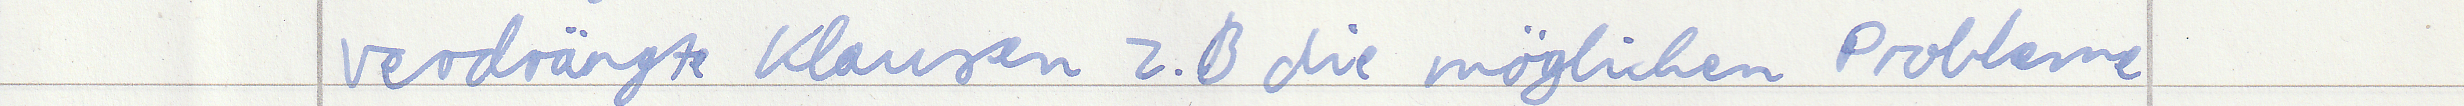
verdrängte Klausen z.B die möglichen Probleme